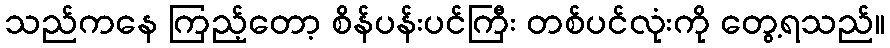
သည်ကနေ ကြည့်တော့ စိန်ပန်းပင်ကြီး တစ်ပင်လုံးကို တွေ့ရသည်။